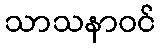
သာသနာဝင်